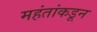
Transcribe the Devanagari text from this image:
महंतांकडून